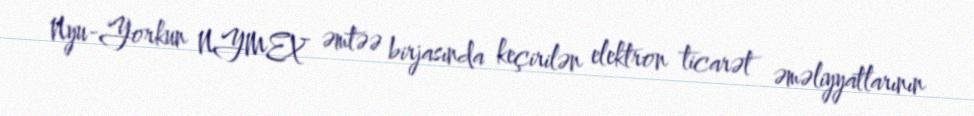
Nyu-Yorkun NYMEX əmtəə birjasında keçirilən elektron ticarət əməliyyatlarının